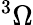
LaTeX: ^3\Omega